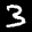
Digit: 3